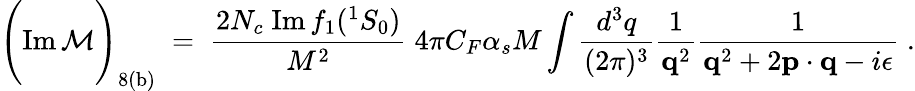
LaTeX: \Bigg(\mathrm{Im\, }{\cal M}\Bigg)_{\mathrm{8(b)}}\; =\; {\frac{2N_{c}\; \mathrm{Im\, }f_{1}({}^{1}S_{0})}{M^{2}}}\; 4\pi C_{F}\alpha_{s}M\int{\frac{d^{3}q}{(2\pi)^{3}}}{\frac{1}{{\mathbf q}^{2}}}{\frac{1}{{\mathbf q}^{2}+2{\mathbf p}\cdot{\mathbf q}-i\epsilon}}\; .